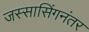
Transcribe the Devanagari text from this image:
जस्सासिंगनंतर